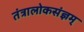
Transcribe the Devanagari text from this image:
तंत्रालोकसंज्ञम्